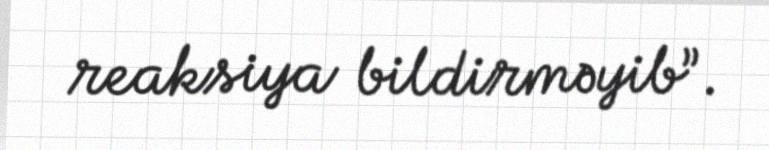
reaksiya bildirməyib”.